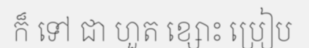
ក៏ ទៅ ជា ហួត ខ្សោះ ប្រៀប